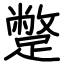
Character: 蹩